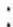
: